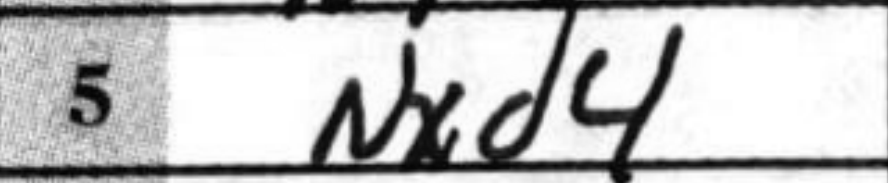
Transcription: Nxd4